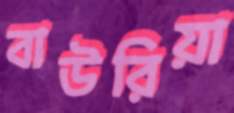
বাউরিয়া